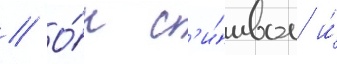
// О́н с'и́мвол и́